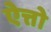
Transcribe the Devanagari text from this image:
ऐत्तो